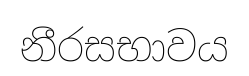
නීරසභාවය